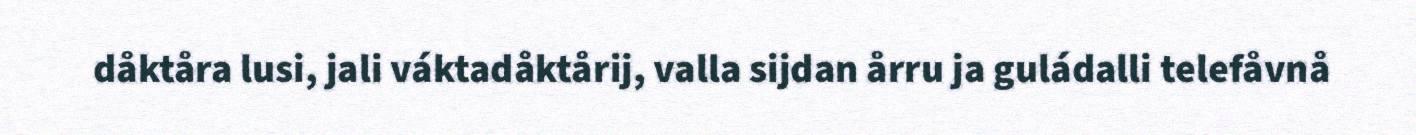
dåktåra lusi, jali váktadåktårij, valla sijdan årru ja guládalli telefåvnå